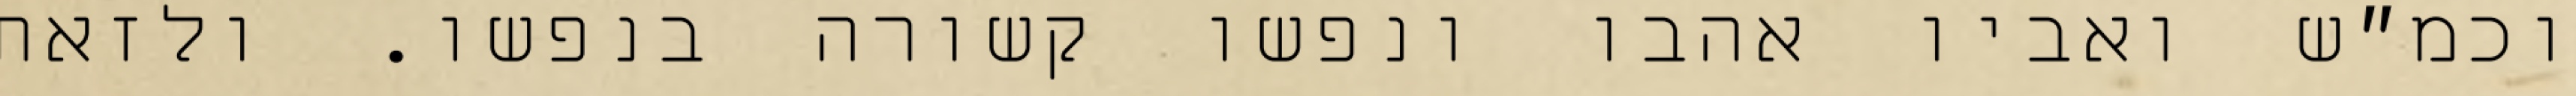
וכמ״ש ואביו אהבו ונפשו קשורה בנפשו. ולזאת